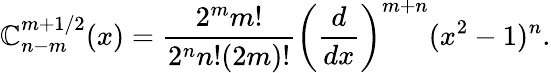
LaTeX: \mathbb{C}_{n-m}^{m+1/2}(x)=\frac{{2^{m}m!}}{{2^{n}n!(2m)!}}\left(\frac{{d}}{{dx}}\right)^{m+n}(x^{2}-1)^{n}.